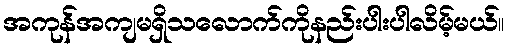
အကုန်အကျမရှိသလောက်ကိုနည်းပါးပါလိမ့်မယ်။